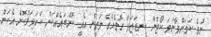
ނުވެ ކަމަށްވާނަމަ ކޯޓުން ކަނޑައަޅާ ގޮތެއްގެ މަތީން އެއީ ކޮންބައެއްކަން ކަށަވަރުކޮށް އެކަން